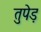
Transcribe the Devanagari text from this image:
तुपेड़